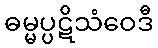
ဓမ္မပ္ပဋိသံဝေဒီ